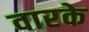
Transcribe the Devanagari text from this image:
वारके